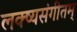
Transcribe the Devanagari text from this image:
लक्ष्यसंगीतम्‌